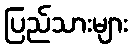
ပြည်သားများ